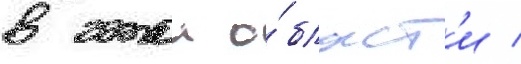
в этои о́бласт'и /